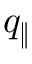
q _ { \| }